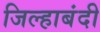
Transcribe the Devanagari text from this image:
जिल्हाबंदी